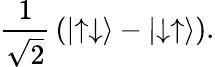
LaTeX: {\frac{1}{\sqrt{2}}}\left(\left|\uparrow\downarrow\right\rangle-\left|\downarrow\uparrow\right\rangle\right).